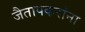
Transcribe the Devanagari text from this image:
जैतापकरांना